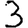
Digit: 3